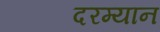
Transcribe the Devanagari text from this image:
दरम्‍यान